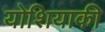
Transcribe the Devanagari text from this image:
योशियाकी